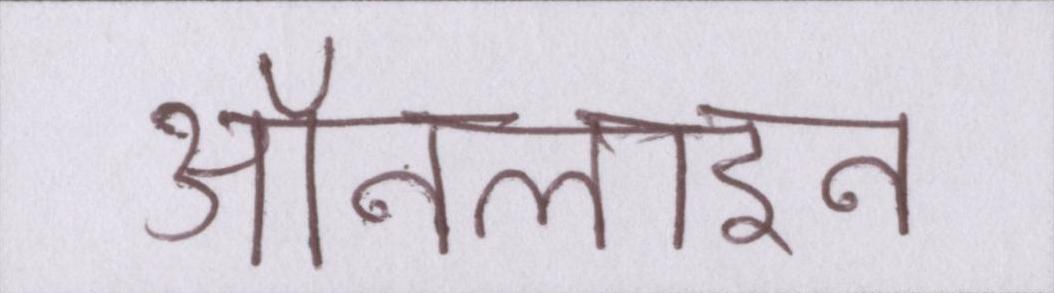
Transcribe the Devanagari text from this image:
ऑनलाइन